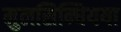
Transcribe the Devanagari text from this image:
मुलसिन्धियया